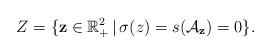
LaTeX: \begin{align*}Z=\{{\bf z}\in\mathbb{R}^2_+\,|\, \sigma(z)=s(\mathcal{A}_{\bf z})=0\}.\end{align*}